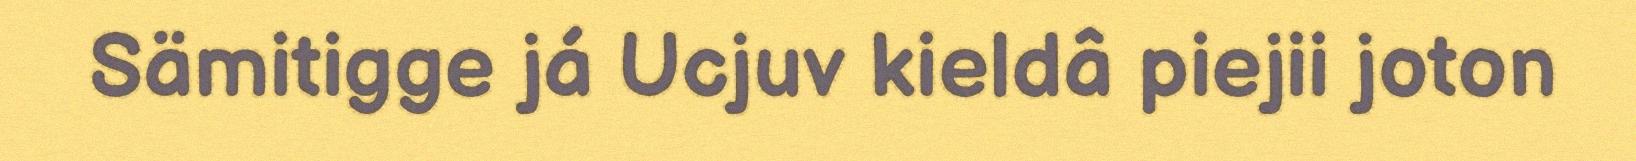
Sämitigge já Ucjuv kieldâ piejii joton